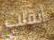
أنقلب